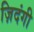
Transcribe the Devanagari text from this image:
ज़िदंगी